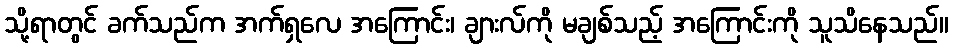
သို့ရာတွင် ခက်သည်က အက်ရှလေ အကြောင်း၊ ချားလ်ကို မချစ်သည့် အကြောင်းကို သူသိနေသည်။